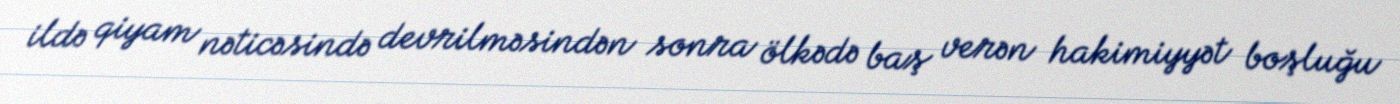
ildə qiyam nəticəsində devrilməsindən sonra ölkədə baş verən hakimiyyət boşluğu